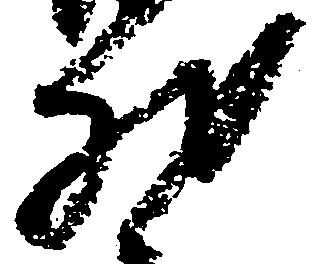
然